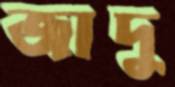
জাদু